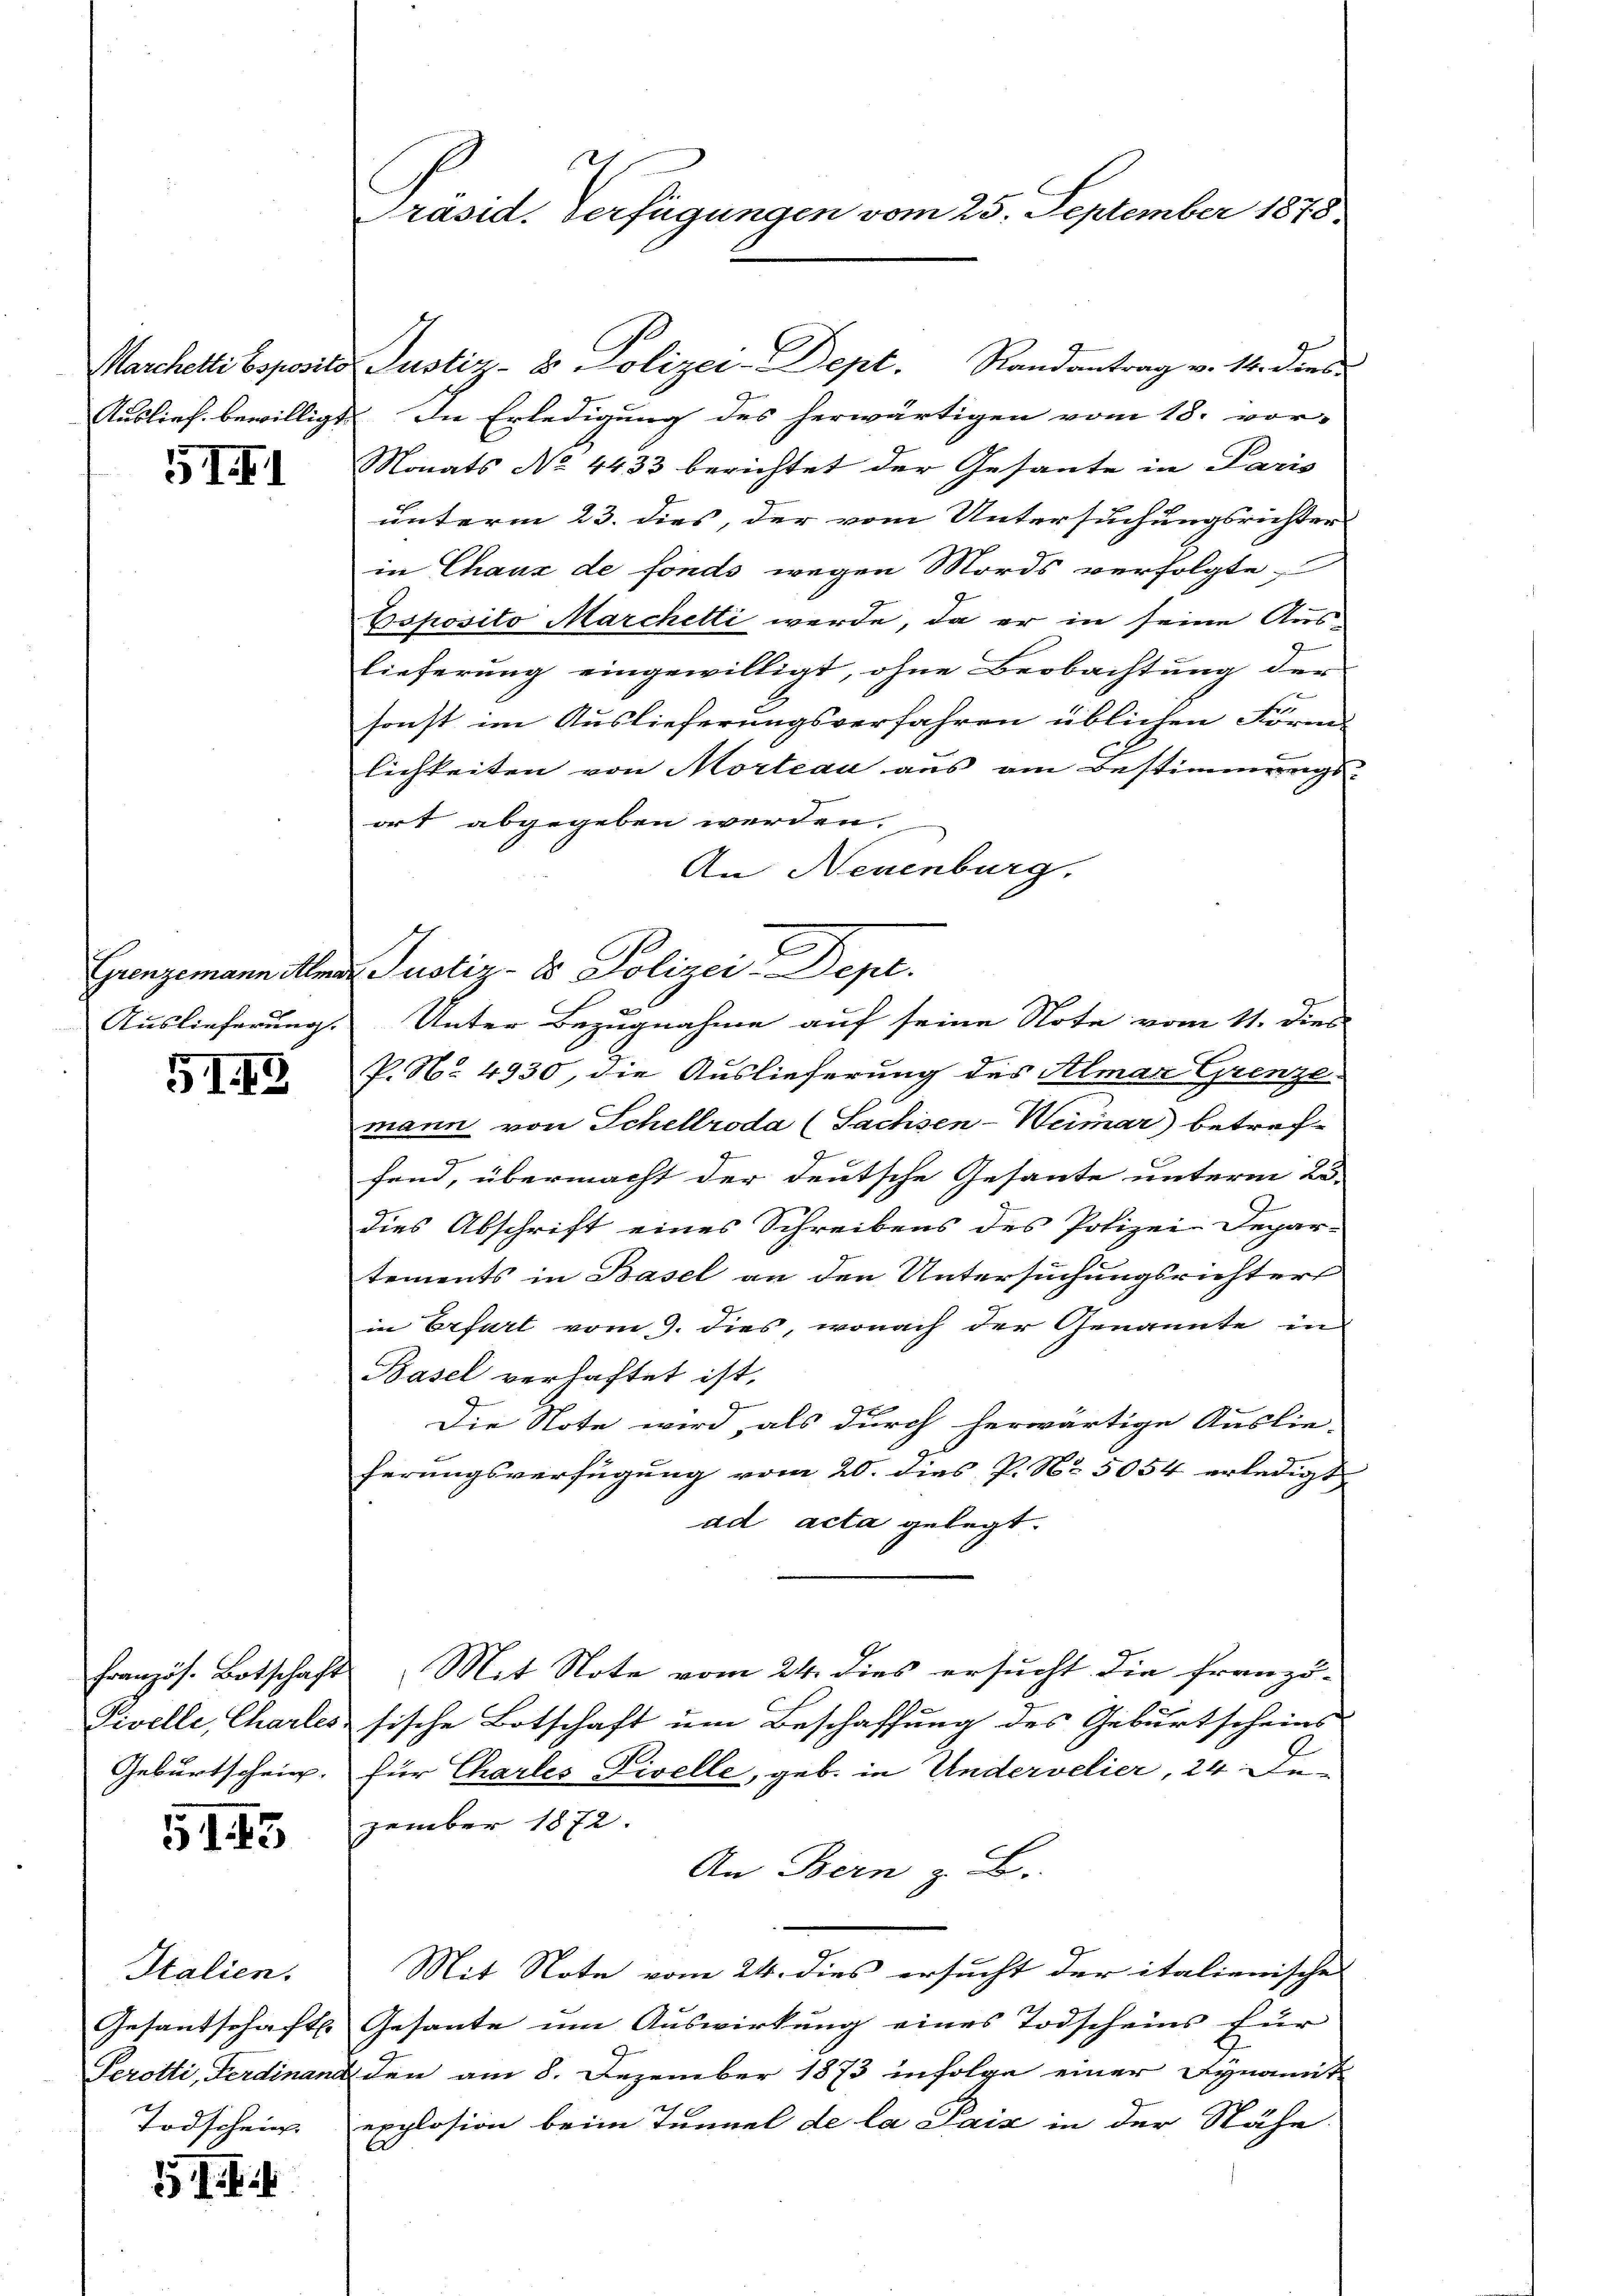
Auslief, bewilligt.

5III

Auslieferung.

513

Tivelle, Charles
Geburtschein

515

Italien.

151 ff

Präsid. Verfügungen vom 25. September 1878.

Marchetti bopositor Justiz- & Polizei-Dept. Randantrag v. 14. dies
In Erledigung des herwärtigen vom 18. vor-
Monats No 4433 berichtet der Gesante in Paris
unterm 23. dies, der vom Untersuchungsrichter
in Chaux de fonds wegen Mords verfolgte,
Bsposito Marchetti werde, da er in seine Aus-
lieferung eingewilligt, ohne Beobachtung der
sonst im Auslieferungsverfahren üblichen Förm-
lichkeiten von Morteau aus am Bestimmungs- |
ort abgegeben werden.
An Neuenburg.
Grenzemann Almar Justiz- & Polizei-Dept.
Unter Bezugnahme auf seine Note vom 11. dies
P. Nr. 4930, die Auslieferung des Almar Grenzemann von Schellroda (Sachsen-Weimar) betreffend, übermacht der deutsche Gesante unterm 25.
dies Abschrift eines Schreibens des Polizei-Depar-
tements in Basel an den Untersuchungsrichters
in Erfurt vom 9. dies, wonach der Genannte in
Basel verhaftet ist.
Die Note wird, als durch herwärtige Auslie-
ferungsverfügung vom 20. dies P. No 5054 erledigt
ad acta gelegt.
französ. Botschafts Mit Note vom 24. dies ersucht die franzö-
sische Botschaft um Beschaffung des Geburtscheins
für Charles Livelle, geb. in Undervelier, 24 Dezember 1872.
An Bern z. B.
Mit Note vom 24. dies ersucht der italienisches
Gesantschaft. Gesante ŭm Aŭswirkŭng eines Todscheins Eŭr
Serotti, Ferdinand den am 8. Dezember 1873 infolge einer Synamit
Todschein. explosion beim Tunnel de la Paiz in der Nähe

2